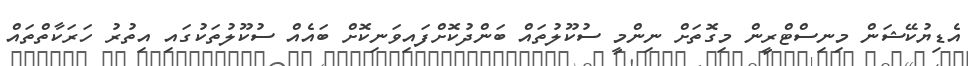
އެޑިޔުކޭޝަން މިނިސްޓްރީން މިގޮތަށް ނިންމީ ސުކޫލުތައް ބަންދުކޮށްފައިވަނިކޮށް ބައެއް ސުކޫލުތަކުގައި އިތުރު ހަރަކާތްތައް